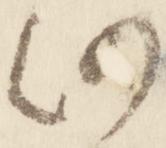
仍